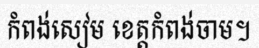
កំពង់សៀម ខេត្តកំពង់ចាម។